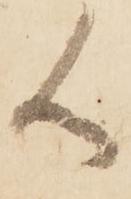
候